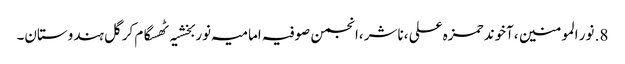
8.	نور المومنین ،آخوند حمزہ علی ،ناشر ،انجمن صوفیہ امامیہ نوربخشیہ ٹھسگام کرگل ہندوستان۔